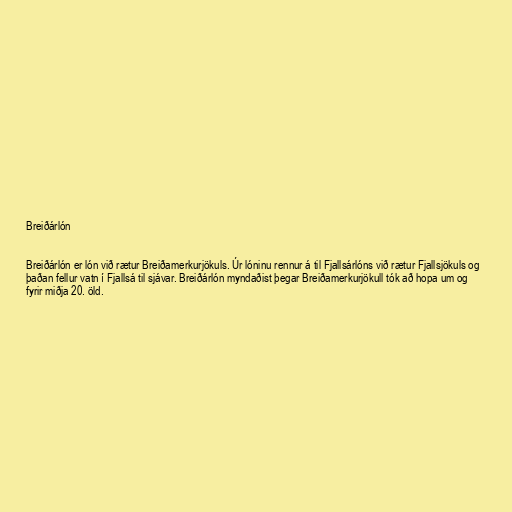
Breiðárlón

Breiðárlón er lón við rætur Breiðamerkurjökuls. Úr lóninu rennur á til Fjallsárlóns við rætur Fjallsjökuls og
þaðan fellur vatn í Fjallsá til sjávar. Breiðárlón myndaðist þegar Breiðamerkurjökull tók að hopa um og
fyrir miðja 20. öld.